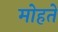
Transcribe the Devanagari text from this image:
मोहते